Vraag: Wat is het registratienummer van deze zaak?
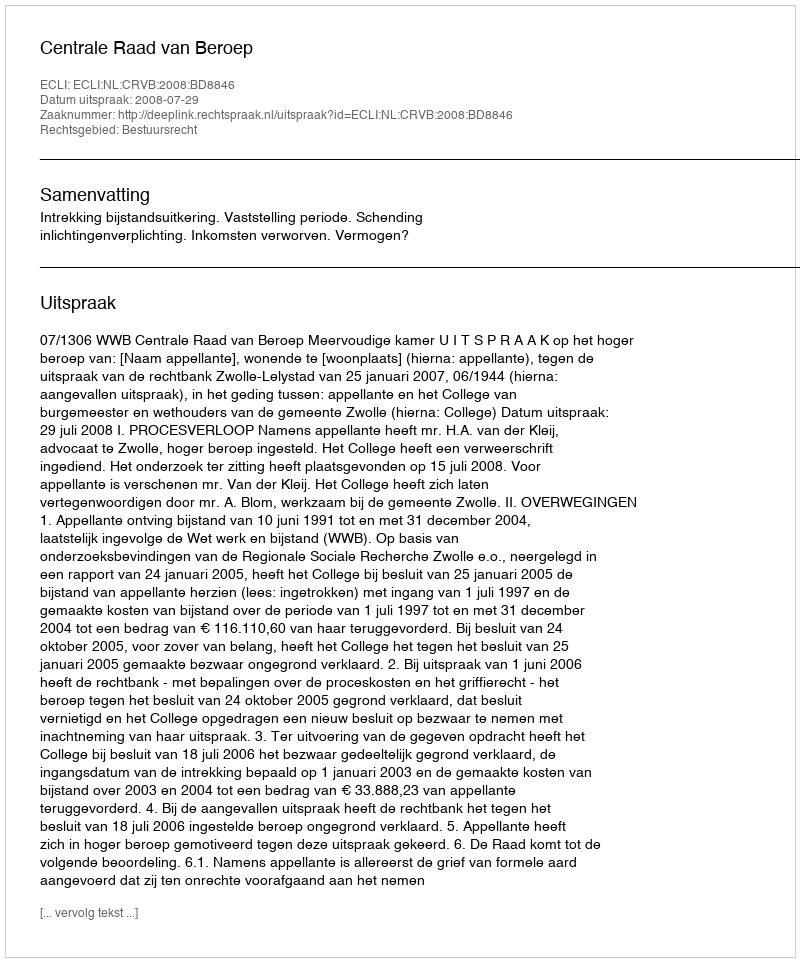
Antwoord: http://deeplink.rechtspraak.nl/uitspraak?id=ECLI:NL:CRVB:2008:BD8846